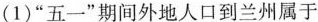
(1)”五一”期间外地人口到兰州属于